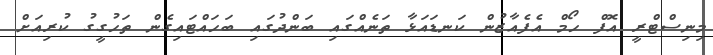
މިނިސްޓްރީ އޮފް ހޯމް އެފެއާޒުން ކަނޑައަޅާ ތަނެއްގައި ބަންދުގައި ބަހައްޓައިގެން ތަހުގީގު ކުރިއަށް